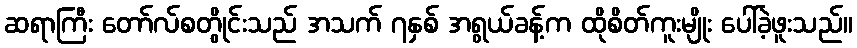
ဆရာကြီး တော်လ်စတွိုင်းသည် အသက် ၇နှစ် အရွယ်ခန့်က ထိုစိတ်ကူးမျိုး ပေါ်ခဲ့ဖူးသည်။